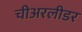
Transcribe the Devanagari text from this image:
चीअरलीडर